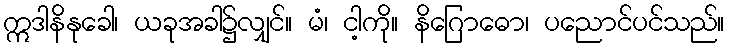
ဣဒါနိနုခေါ၊ ယခုအခါ၌လျှင်။ မံ၊ ငါ့ကို။ နိဂြောဓော၊ ပညောင်ပင်သည်။